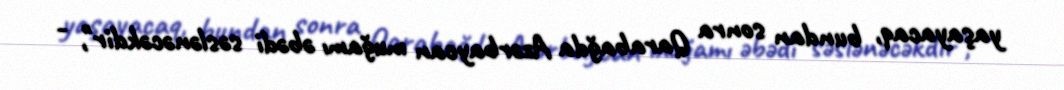
yaşayacaq, bundan sonra Qarabağda Azərbaycan muğamı əbədi səslənəcəkdir", -